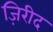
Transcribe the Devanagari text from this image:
ज़िरीद